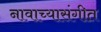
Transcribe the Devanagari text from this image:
नावाच्यासंगीत